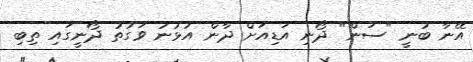
އޭނާ ބުނީ "ސަން" ދޯނި އަޑިއަށް ދާން އުޅުނު ވަގުތު ދޯނީގައި ތިބި